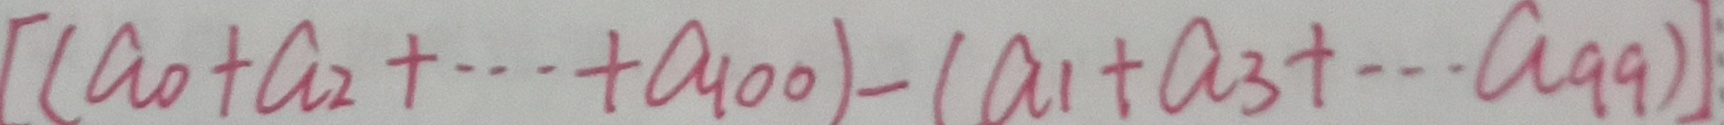
[ ( a _ { 0 } + a _ { 2 } + \cdots + a _ { 1 0 0 } ) - ( a _ { 1 } + a _ { 3 } + \cdots a _ { 9 9 } ) ]